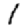
Digit: 1